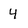
Character: 4